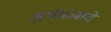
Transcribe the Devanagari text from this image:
अर्थमंत्र्याचे